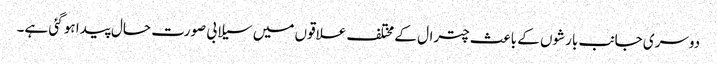
دوسری جانب بارشوں کے باعث چترال کے مختلف علاقوں میں سیلابی صورت حال پیدا ہو گئی ہے۔